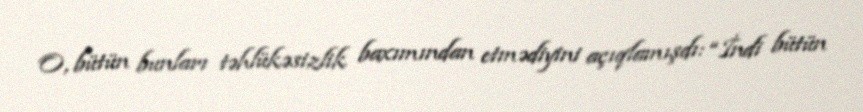
O, bütün bunları təhlükəsizlik baxımından etmədiyini açıqlamışdı: “İndi bütün